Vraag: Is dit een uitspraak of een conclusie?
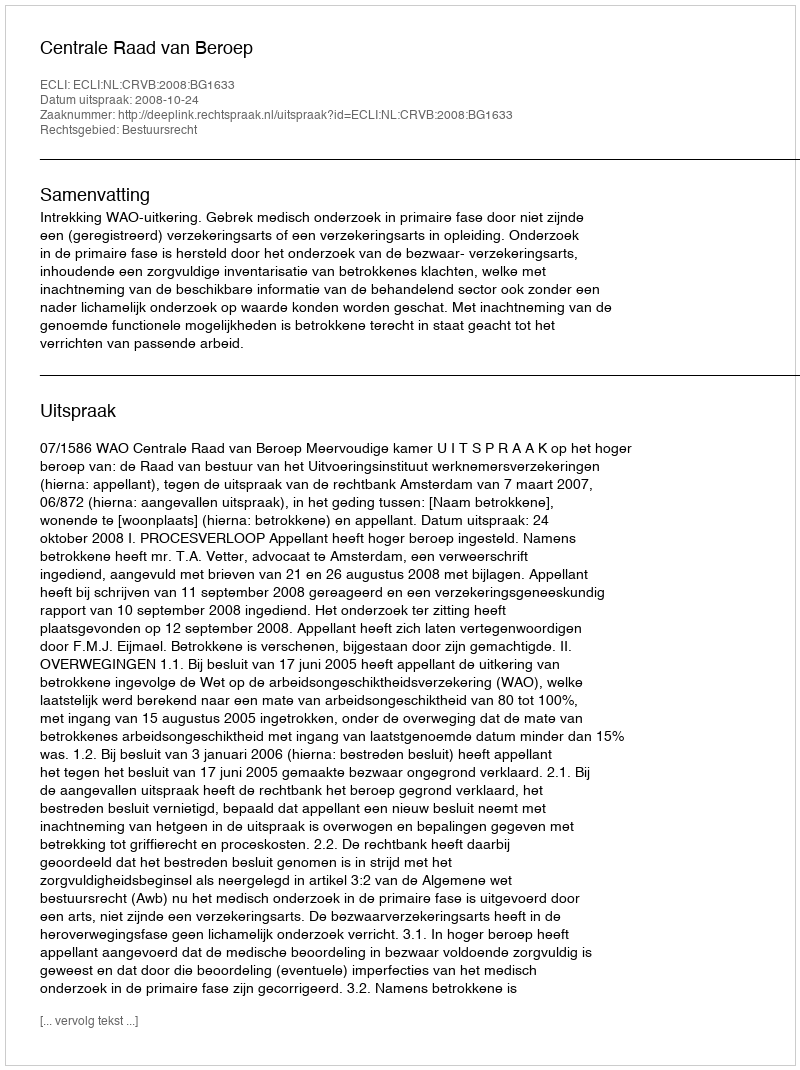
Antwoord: Uitspraak